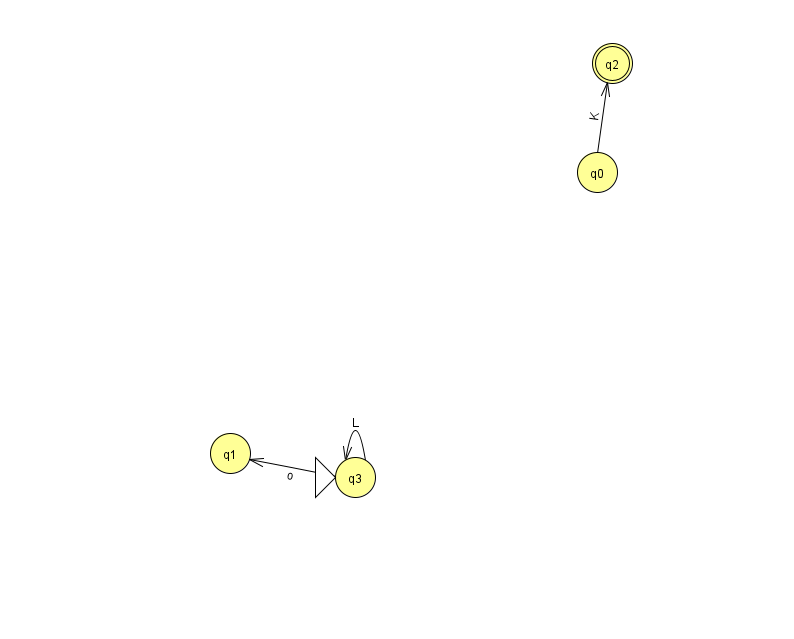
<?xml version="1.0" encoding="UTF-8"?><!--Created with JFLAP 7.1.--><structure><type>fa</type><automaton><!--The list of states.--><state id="0" name="q0"><x>597.0</x><y>159.0</y></state><state id="1" name="q1"><x>230.0</x><y>440.0</y></state><state id="2" name="q2"><x>612.0</x><y>50.0</y><final/></state><state id="3" name="q3"><x>355.0</x><y>464.0</y><initial/></state><!--The list of transitions.--><transition><from>0</from><to>2</to><read>K</read></transition><transition><from>3</from><to>1</to><read>o</read></transition><transition><from>3</from><to>3</to><read>L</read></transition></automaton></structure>